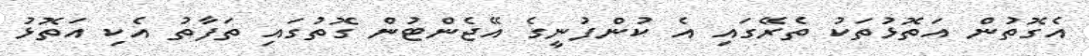
އެގޮތުން އަތޮޅުތަކު ތެރޭގައި އެ ކުންފުނީގެ އޭޖެންޓުން ގޮތުގައި ތަފާތު އެކި އަތޮޅު